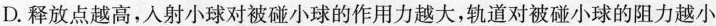
D.释放点越高,射小球对被碰小球的作用力越大,轨道对被碰小球的阻力越小